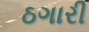
ઠગારી